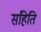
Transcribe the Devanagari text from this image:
संहिति